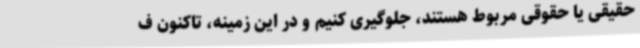
حقیقی یا حقوقی مربوط هستند، جلوگیری کنیم و در این زمینه، تاکنون ف